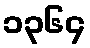
၁၃၆၄